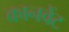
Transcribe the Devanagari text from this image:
कानवेंट